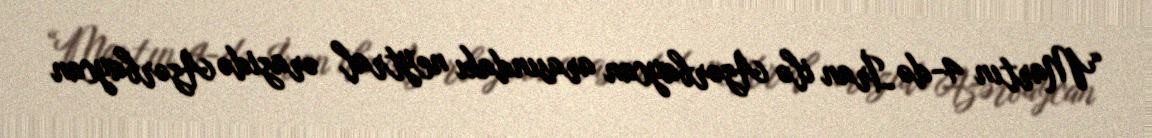
“Martın 4-də İran ilə Azərbaycan arasındakı neytral ərazidə Azərbaycan